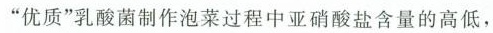
”优质”乳酸菌制作泡菜过程中亚硝酸盐含量的高低，